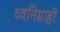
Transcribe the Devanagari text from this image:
ध्वनिग्राही